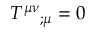
T ^ { \mu \nu } { } _ { ; \mu } = 0